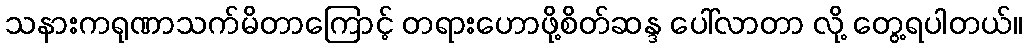
သနားကရုဏာသက်မိတာကြောင့် တရားဟောဖို့စိတ်ဆန္ဒ ပေါ်လာတာ လို့ တွေ့ရပါတယ်။